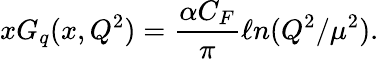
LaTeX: xG_{q}(x,Q^{2})={\frac{\alpha C_{F}}{\pi}}\ell n(Q^{2}/\mu^{2}).